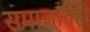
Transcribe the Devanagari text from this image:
समाजांतही